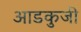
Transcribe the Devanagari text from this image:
आडकुजी